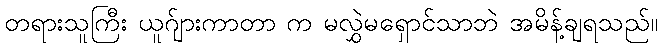
တရားသူကြီး ယူဂ်ျားကာတာ က မလွှဲမရှောင်သာဘဲ အမိန့်ချရသည်။